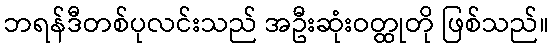
ဘရန်ဒီတစ်ပုလင်းသည် အဦးဆုံးဝတ္ထုတို ဖြစ်သည်။